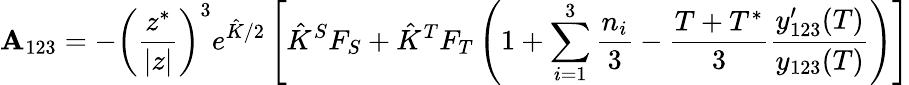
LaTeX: \mathbf{A}_{123}=-\left(\frac{{z^{*}}}{{|z|}}\right)^{3}e^{\hat{{K}}/2}\left[\hat{{K}}^{S}F_{S}+\hat{{K}}^{T}F_{T}\left(1+\sum_{i=1}^{3}\frac{{n_{i}}}{{3}}-\frac{{T+T^{*}}}{{3}}\frac{{y_{123}^{\prime}(T)}}{{y_{123}(T)}}\right)\right]